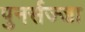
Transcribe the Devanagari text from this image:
पुनर्सज्जा